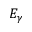
E _ { \gamma }